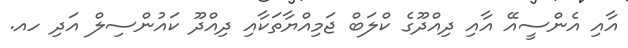
އާއި އެންސީއޭ އާއި ދިއްދޫގެ ކްލަބް ޖަމިއްޔާތަކާއި ދިއްދޫ ކައުންސިލް އަދި ހއ.